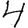
Digit: 4